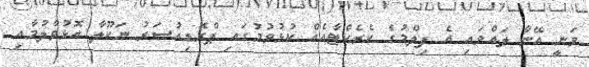
ވަނީ އޭނާ ލައްވައި އެ ފިލްމުގެ ކެރެކްޓާއެއް ކުޅުވުމުގައި ޕްރޮޑިއުސަރު ނަކޫލާ އޮޅުވާލުމާއި